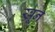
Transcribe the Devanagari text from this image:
ख्रून